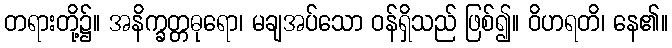
တရားတို့၌။ အနိက္ခတ္တဓုရော၊ မချအပ်သော ဝန်ရှိသည် ဖြစ်၍။ ဝိဟရတိ၊ နေ၏။